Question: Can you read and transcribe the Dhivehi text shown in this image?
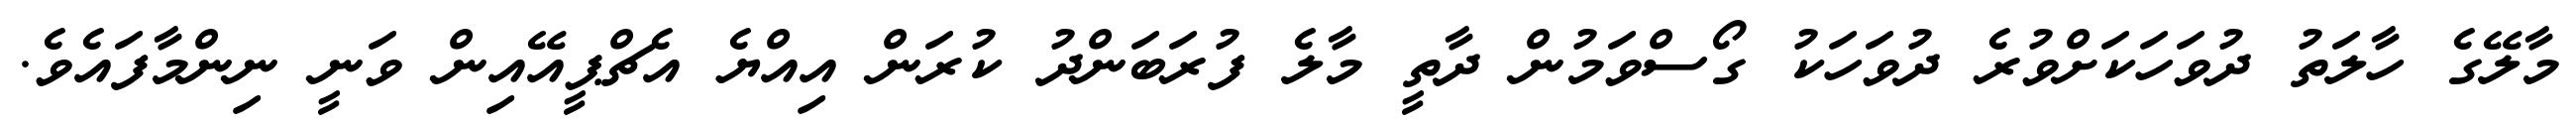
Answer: މާލޭގެ ހާލަތު ދުވަހަކަށްވުރެ ދުވަހަކު ގޯސްވަމުން ދާތީ މާލެ ފުރަބަންދު ކުރަން އިއްޔެ އެޗްޕީއޭއިން ވަނީ ނިންމާފައެވެ.